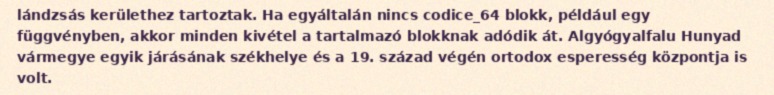
lándzsás kerülethez tartoztak. Ha egyáltalán nincs codice_64 blokk, például egy függvényben, akkor minden kivétel a tartalmazó blokknak adódik át. Algyógyalfalu Hunyad vármegye egyik járásának székhelye és a 19. század végén ortodox esperesség központja is volt.